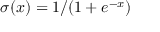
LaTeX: \sigma ( x ) = 1 / ( 1 + e ^ { - x } )